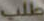
طلب